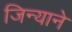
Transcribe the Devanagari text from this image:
जिन्याने